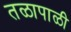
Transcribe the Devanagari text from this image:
तळापाळी